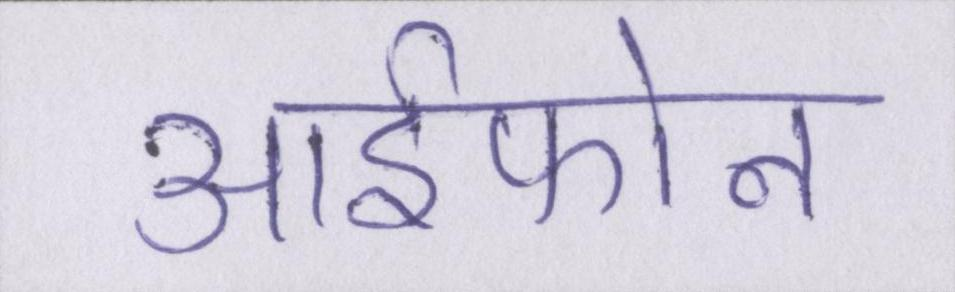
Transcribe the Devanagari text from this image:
आईफोन